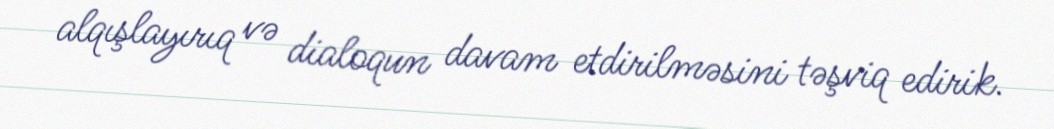
alqışlayırıq və dialoqun davam etdirilməsini təşviq edirik.